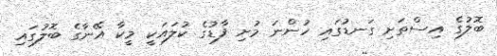
ބޮލުގެ އިސްތަށި ގަނޑުގައި ހުންނަ މުށި ފާޑުގެ ކުލައަކީ މީކާ އޭނާގެ ބޮލުގައި